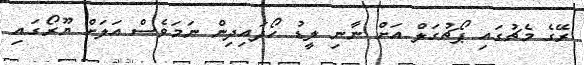
ރޭގެ މެޗުގައި ޕޯޗުގަލް އަށް ނާނި ލީޑު ހޯދައިދިން ނަމަވެސް އަލަށް ޔޫރޯގައި